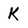
Character: K